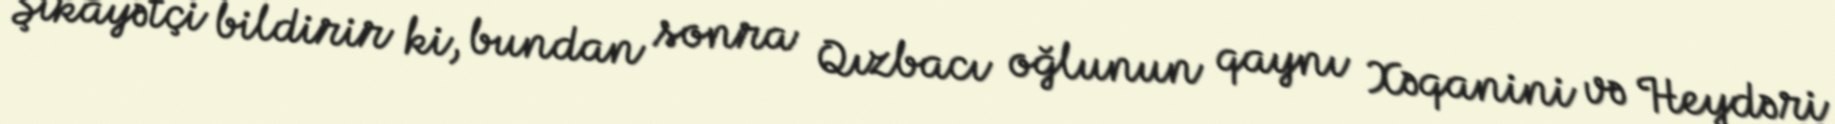
Şikayətçi bildirir ki, bundan sonra Qızbacı oğlunun qaynı Xəqanini və Heydəri